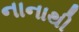
નાનાથી